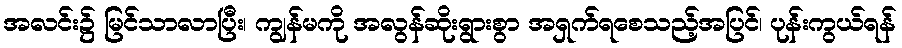
အလင်း၌ မြင်သာလာပြီး၊ ကျွန်မကို အလွန်ဆိုးရွားစွာ အရှက်ရစေသည့်အပြင်၊ ပုန်းကွယ်ရန်